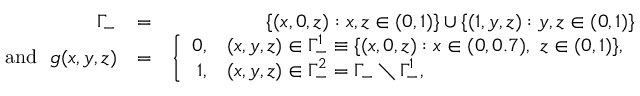
\begin{array} { r l r } { \Gamma _ { - } } & { = } & { \{ ( x , 0 , z ) : x , z \in ( 0 , 1 ) \} \cup \{ ( 1 , y , z ) : y , z \in ( 0 , 1 ) \} } \\ { \mathrm { a n d ~ } \, \, g ( x , y , z ) } & { = } & { \left\{ \begin{array} { r l } { 0 , } & { ( x , y , z ) \in \Gamma _ { - } ^ { 1 } \equiv \{ ( x , 0 , z ) : x \in ( 0 , 0 . 7 ) , \ z \in ( 0 , 1 ) \} , } \\ { 1 , } & { ( x , y , z ) \in \Gamma _ { - } ^ { 2 } = \Gamma _ { - } \setminus \Gamma _ { - } ^ { 1 } , } \end{array} \right. } \end{array}